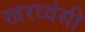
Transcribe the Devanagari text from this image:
खरध्वंसी